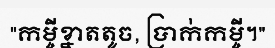
"កម្ចីខ្នាតតូច, ប្រាក់កម្ចី។"